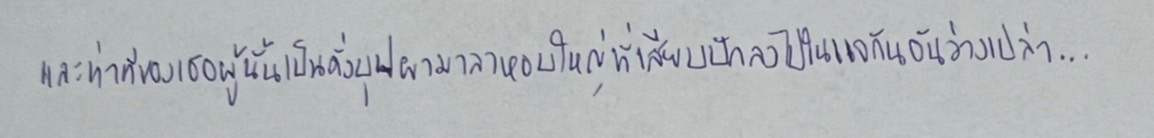
และท่าทีของเธอผู้นั้นเป็นดั่งบุปผามาลาหอบใหญ่ที่เสียบปักลงไปในแจกันอันว่างเปล่า...